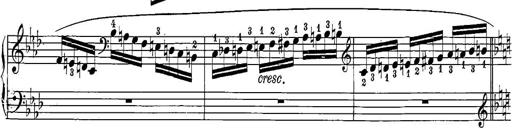
Title: 12 Sonatine per Pianoforte
Composer: Friedrich Kuhlau